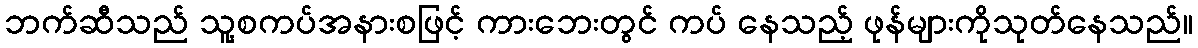
ဘက်ဆီသည် သူ့စကပ်အနားစဖြင့် ကားဘေးတွင် ကပ် နေသည့် ဖုန်များကိုသုတ်နေသည်။